Materia medica of Madras volume I
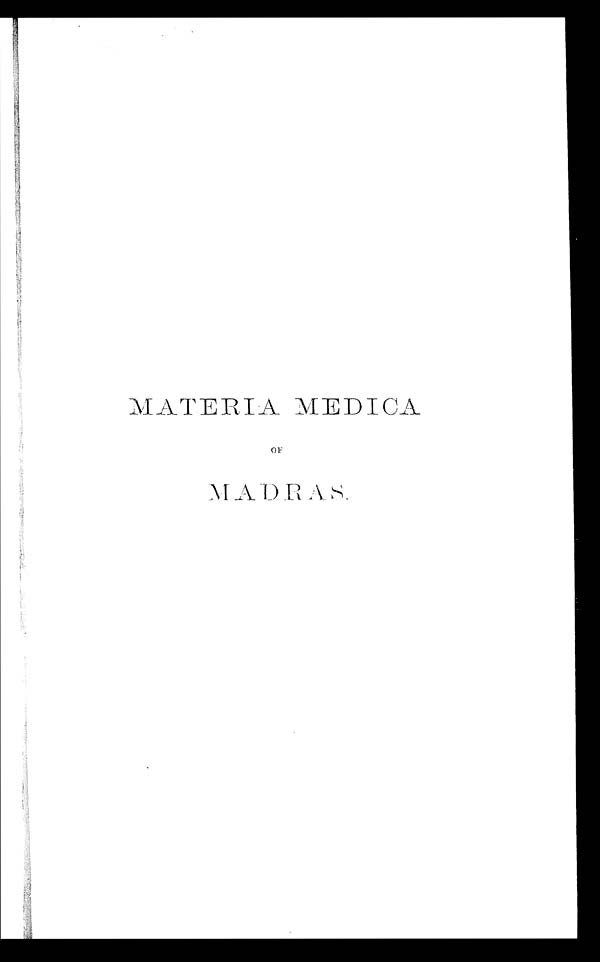
MATERIA MEDICA
OF
M A D R A S